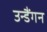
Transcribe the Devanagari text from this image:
उन्डैंगन